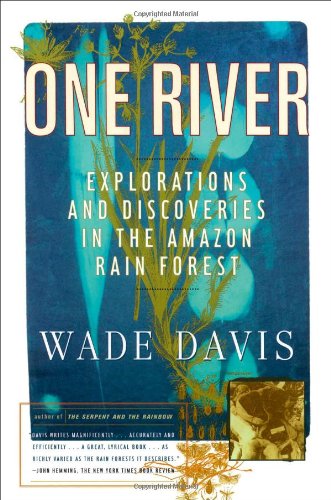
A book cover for One River; Wade Davis; Science & Math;